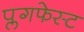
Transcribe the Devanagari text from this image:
प्लगफेस्ट